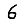
Digit: 6